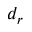
d _ { r }